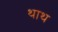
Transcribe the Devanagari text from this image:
थाथ